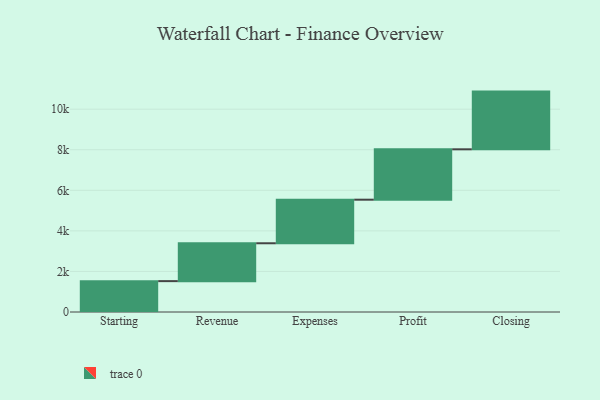
{"axis": {"x": "Step", "y": "Value"}, "legend": [""], "data": [{"x": "Starting", "y": 1522.0, "type": ""}, {"x": "Revenue", "y": 1867.0, "type": ""}, {"x": "Expenses", "y": 2148.0, "type": ""}, {"x": "Profit", "y": 2484.0, "type": ""}, {"x": "Closing", "y": 2845.0, "type": ""}]}